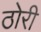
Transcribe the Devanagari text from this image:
ठोरी